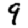
Digit: 9